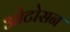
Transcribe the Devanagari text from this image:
ओटोसन